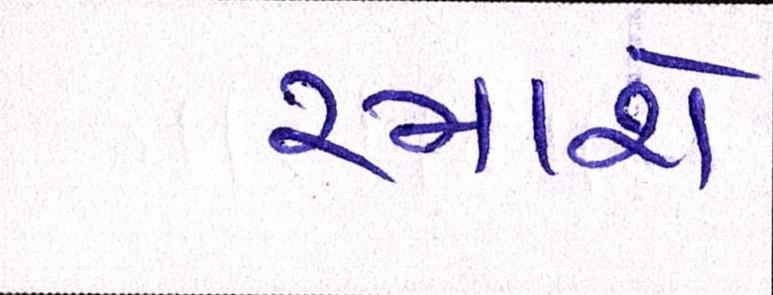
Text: રમાશે